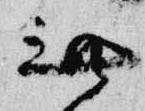
無